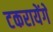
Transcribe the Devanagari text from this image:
टकरायेंगे